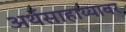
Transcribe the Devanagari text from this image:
अर्थसाहाय्यावर